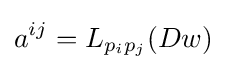
a^{ij}=L_{p_{i}p_{j}}(Dw)